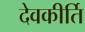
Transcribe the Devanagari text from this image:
देवकीर्ति